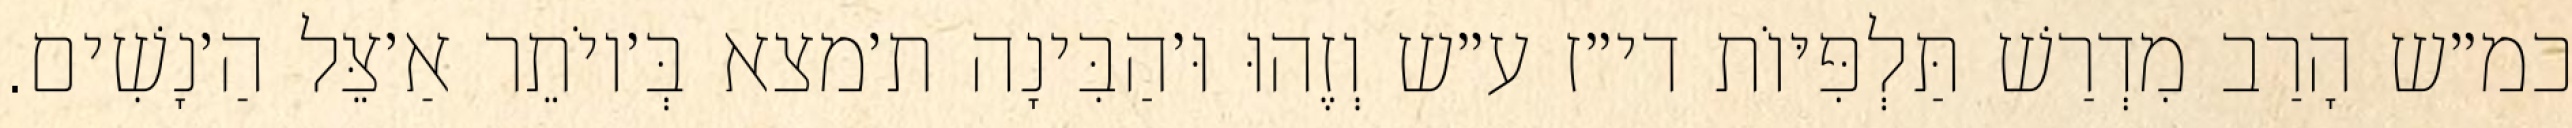
כמ״ש הָרַב מִדְרַשׁ תַּלְפִּיּוֹת די״ז ע״ש וְזֶהוּ וּ׳הַבִּינָה ת׳מצא בְּ׳יוֹתֵר אַ׳צֵּל הַ׳נָשִׁים.